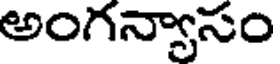
అంగన్వాసం